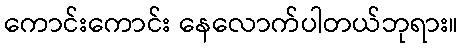
ကောင်းကောင်း နေလောက်ပါတယ်ဘုရား။